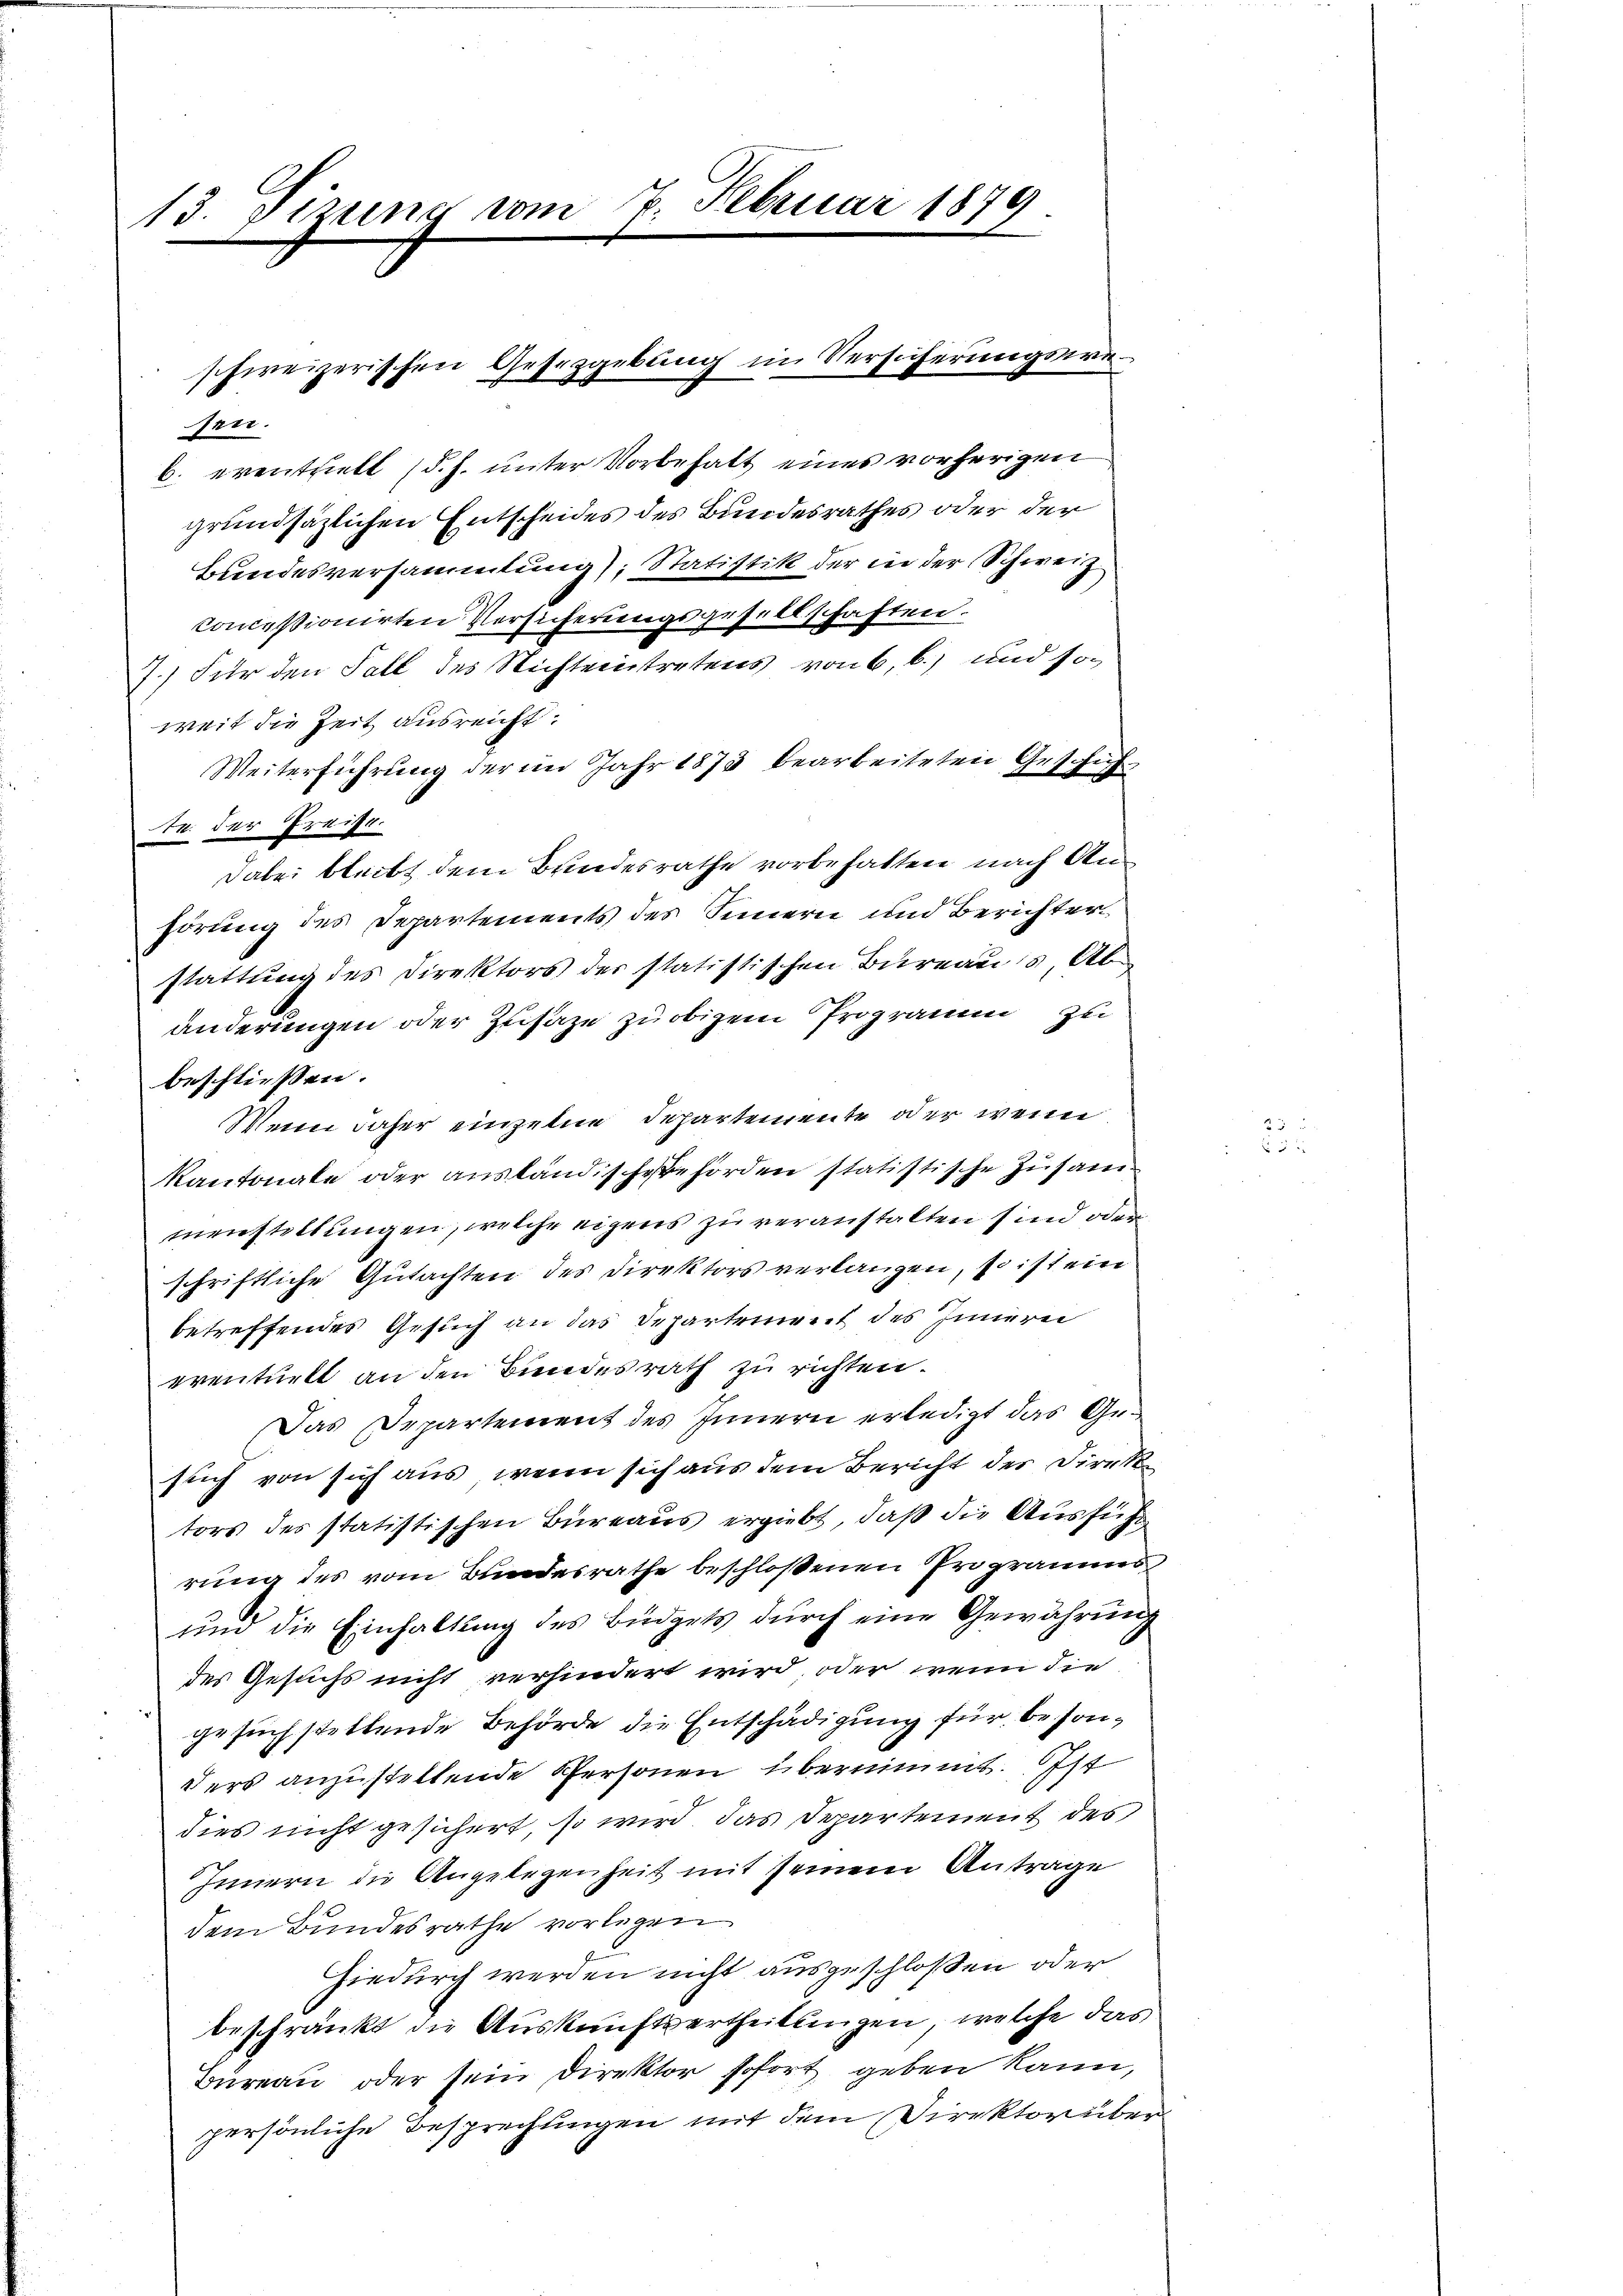
13. Sizung vom 7. Februar 1879

sen.
b. eventhielt (d. h. unter Vorbehalt eines vorherigen
grundsätzlichen Entscheides des Bundesrathes oder der
Bundesversammlung), Statistik der in der Schweiz.
concessionirten Versicherungsgesellschaften.
7.) Für den Fall des Nichteintretens von 6, b.) und soweit die Zeit ausreicht
Weiterführung der im Jahr 1873 bearbeiteten Geschich
tr. der Freise.
Dabei bleibt dem Bundesrathe vorbehalten nach Anhörung des Departements des Seinern und Berichterstattung des Direktors der statistischen Bureaus, Ab-
änderungen oder Zusage zu obigem Programm zu
beschliessen:
Wenn daher einzelne Departemente oder wenn
Kantonale oder ausländische Behörden statistische Zusammenstellungen, welche eigens zu veranstalten sind oder
schriftliche Gutachten des Direktors verlangen, so ist ein
betreffendes Gesuch an das Departement des Innern
eventuell an den Bundesrath zu richten.
Das Departement des Innern erledigt das Gesuch von sich aus, wenn sich aus dem Bericht der Direktors des statistischen Büreaus ergiebt, daß die Ausführ
rung des vom Bundesrathe beschloßenen Programms
und die Einhaltung des Büdgets durch eine Gewährung
des Gesuchs nicht verhindert wird, oder wenn die
gesuch stellende Behörde die Entschädigung für besonders anzustellende Personen übernimmt. Ist
dies nicht gesichert, so wird das Departement des
Innern die Angelegenheit mit seinem Antrage
dem Bundesrathe vorlegen
Hiedurch werden nicht ausgeschloßen oder
beschränkt die Auskunftsertheilungen, welche das
Büreau oder sein Direktor sofort geben kann,
persönliche Besprechungen mit dem Direktor über

schweizerischen Gesetzgebung im Versicherungswe¬